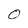
Character: O